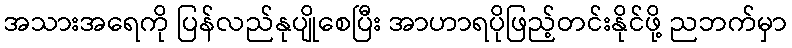
အသားအရေကို ပြန်လည်နုပျိုစေပြီး အာဟာရပိုဖြည့်တင်းနိုင်ဖို့ ညဘက်မှာ